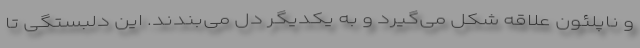
و ناپلئون علاقه شکل می‌گیرد و به یکدیگر دل می‌بندند. این دلبستگی تا